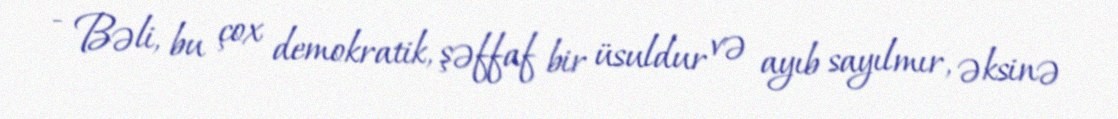
- Bəli, bu çox demokratik, şəffaf bir üsuldur və ayıb sayılmır, əksinə